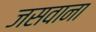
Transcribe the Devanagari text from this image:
जसवाना